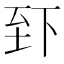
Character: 𫠮